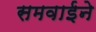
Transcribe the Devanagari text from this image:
समवाईने